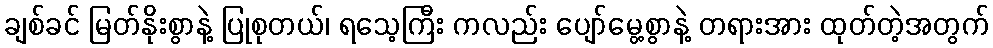
ချစ်ခင် မြတ်နိုးစွာနဲ့ ပြုစုတယ်၊ ရသေ့ကြီး ကလည်း ပျော်မွေ့စွာနဲ့ တရားအား ထုတ်တဲ့အတွက်